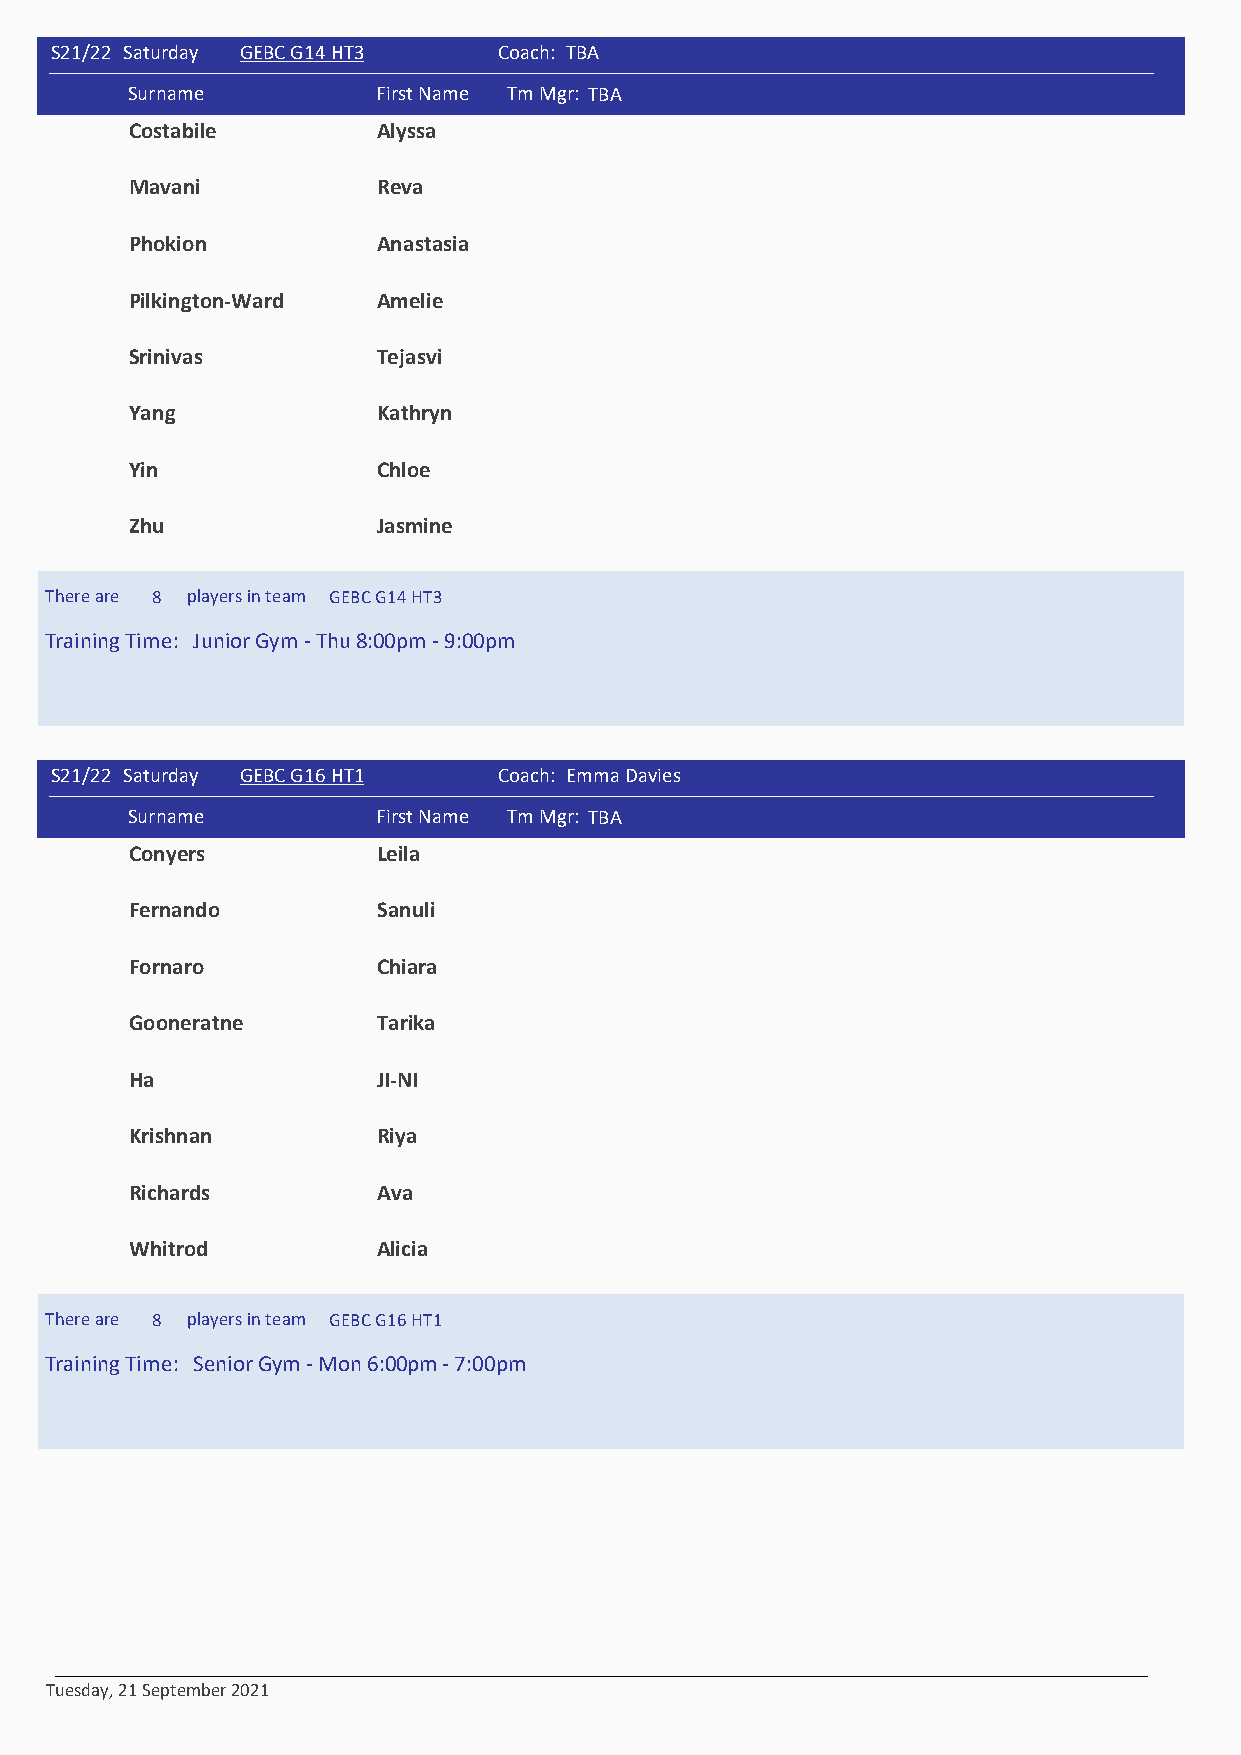
S21/22 Saturday GEBC G14 HT3 513 Coach: TBA
 #    Surname          First Name Tm Mgr: TBA
 Costabile       Alyssa
 Mavani          Reva
 Phokion         Anastasia
 Pilkington-Ward Amelie
 Srinivas        Tejasvi
 Yang            Kathryn
 Yin             Chloe
 Zhu             Jasmine
 There are 8 players in team GEBC G14 HT3
 Training Time: Junior Gym - Thu 8:00pm - 9:00pm
 S21/22 Saturday GEBC G16 HT1 531 Coach: Emma Davies
 #    Surname          First Name Tm Mgr: TBA
 Conyers         Leila
 Fernando        Sanuli
 Fornaro         Chiara
 Gooneratne      Tarika
 Ha              JI-NI
 Krishnan        Riya
 Richards        Ava
 Whitrod         Alicia
 There are 8 players in team GEBC G16 HT1
 Training Time: Senior Gym - Mon 6:00pm - 7:00pm
 Tuesday, 21 September 2021